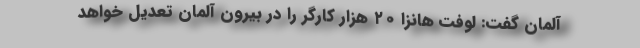
آلمان گفت: لوفت هانزا ۲۰ هزار کارگر را در بیرون آلمان تعدیل خواهد